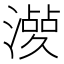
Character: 𣿤